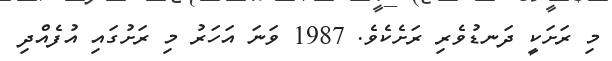
މި ރަށަކީ ދަނޑުވެރި ރަށެކެވެ. 1987 ވަނަ އަހަރު މި ރަށުގައި އުފެއްދި